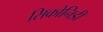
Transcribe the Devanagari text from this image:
सिकोनिडी